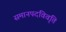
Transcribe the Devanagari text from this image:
समानपदविवृति